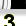
Digit: 3